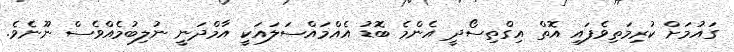
ގައުމަށް ކުރިމަތިވެފައި އޮތް އިގްތިސޯދީ އެންމެ ބޮޑު އެއްމައްސަލައަކީ އާމްދަނީ ނުލިބުމެއްވެސް ނޫނެވެ.